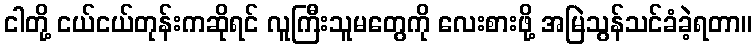
ငါတို့ ငယ်ငယ်တုန်းကဆိုရင် လူကြီးသူမတွေကို လေးစားဖို့ အမြဲသွန်သင်ခံခဲ့ရတာ။